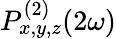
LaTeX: P_{x,y,z}^{(2)}(2\omega)